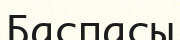
Баспасы